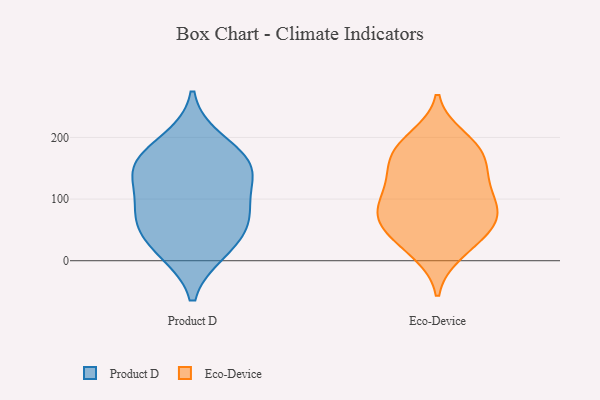
{"axis": {"x": "Latency (ms)", "y": "Value"}, "legend": ["Eco-Device", "Product D"], "data": [{"x": "", "y": 74, "type": "Product D"}, {"x": "", "y": 195, "type": "Product D"}, {"x": "", "y": 65, "type": "Product D"}, {"x": "", "y": 152, "type": "Product D"}, {"x": "", "y": 164, "type": "Product D"}, {"x": "", "y": 145, "type": "Product D"}, {"x": "", "y": 101, "type": "Product D"}, {"x": "", "y": 20, "type": "Product D"}, {"x": "", "y": 63, "type": "Product D"}, {"x": "", "y": 15, "type": "Product D"}, {"x": "", "y": 145, "type": "Product D"}, {"x": "", "y": 106, "type": "Eco-Device"}, {"x": "", "y": 160, "type": "Eco-Device"}, {"x": "", "y": 92, "type": "Eco-Device"}, {"x": "", "y": 58, "type": "Eco-Device"}, {"x": "", "y": 189, "type": "Eco-Device"}, {"x": "", "y": 179, "type": "Eco-Device"}, {"x": "", "y": 143, "type": "Eco-Device"}, {"x": "", "y": 89, "type": "Eco-Device"}, {"x": "", "y": 12, "type": "Eco-Device"}, {"x": "", "y": 88, "type": "Eco-Device"}, {"x": "", "y": 72, "type": "Eco-Device"}, {"x": "", "y": 140, "type": "Eco-Device"}, {"x": "", "y": 47, "type": "Eco-Device"}, {"x": "", "y": 181, "type": "Eco-Device"}, {"x": "", "y": 132, "type": "Eco-Device"}, {"x": "", "y": 67, "type": "Eco-Device"}, {"x": "", "y": 19, "type": "Eco-Device"}, {"x": "", "y": 47, "type": "Eco-Device"}, {"x": "", "y": 200, "type": "Eco-Device"}]}